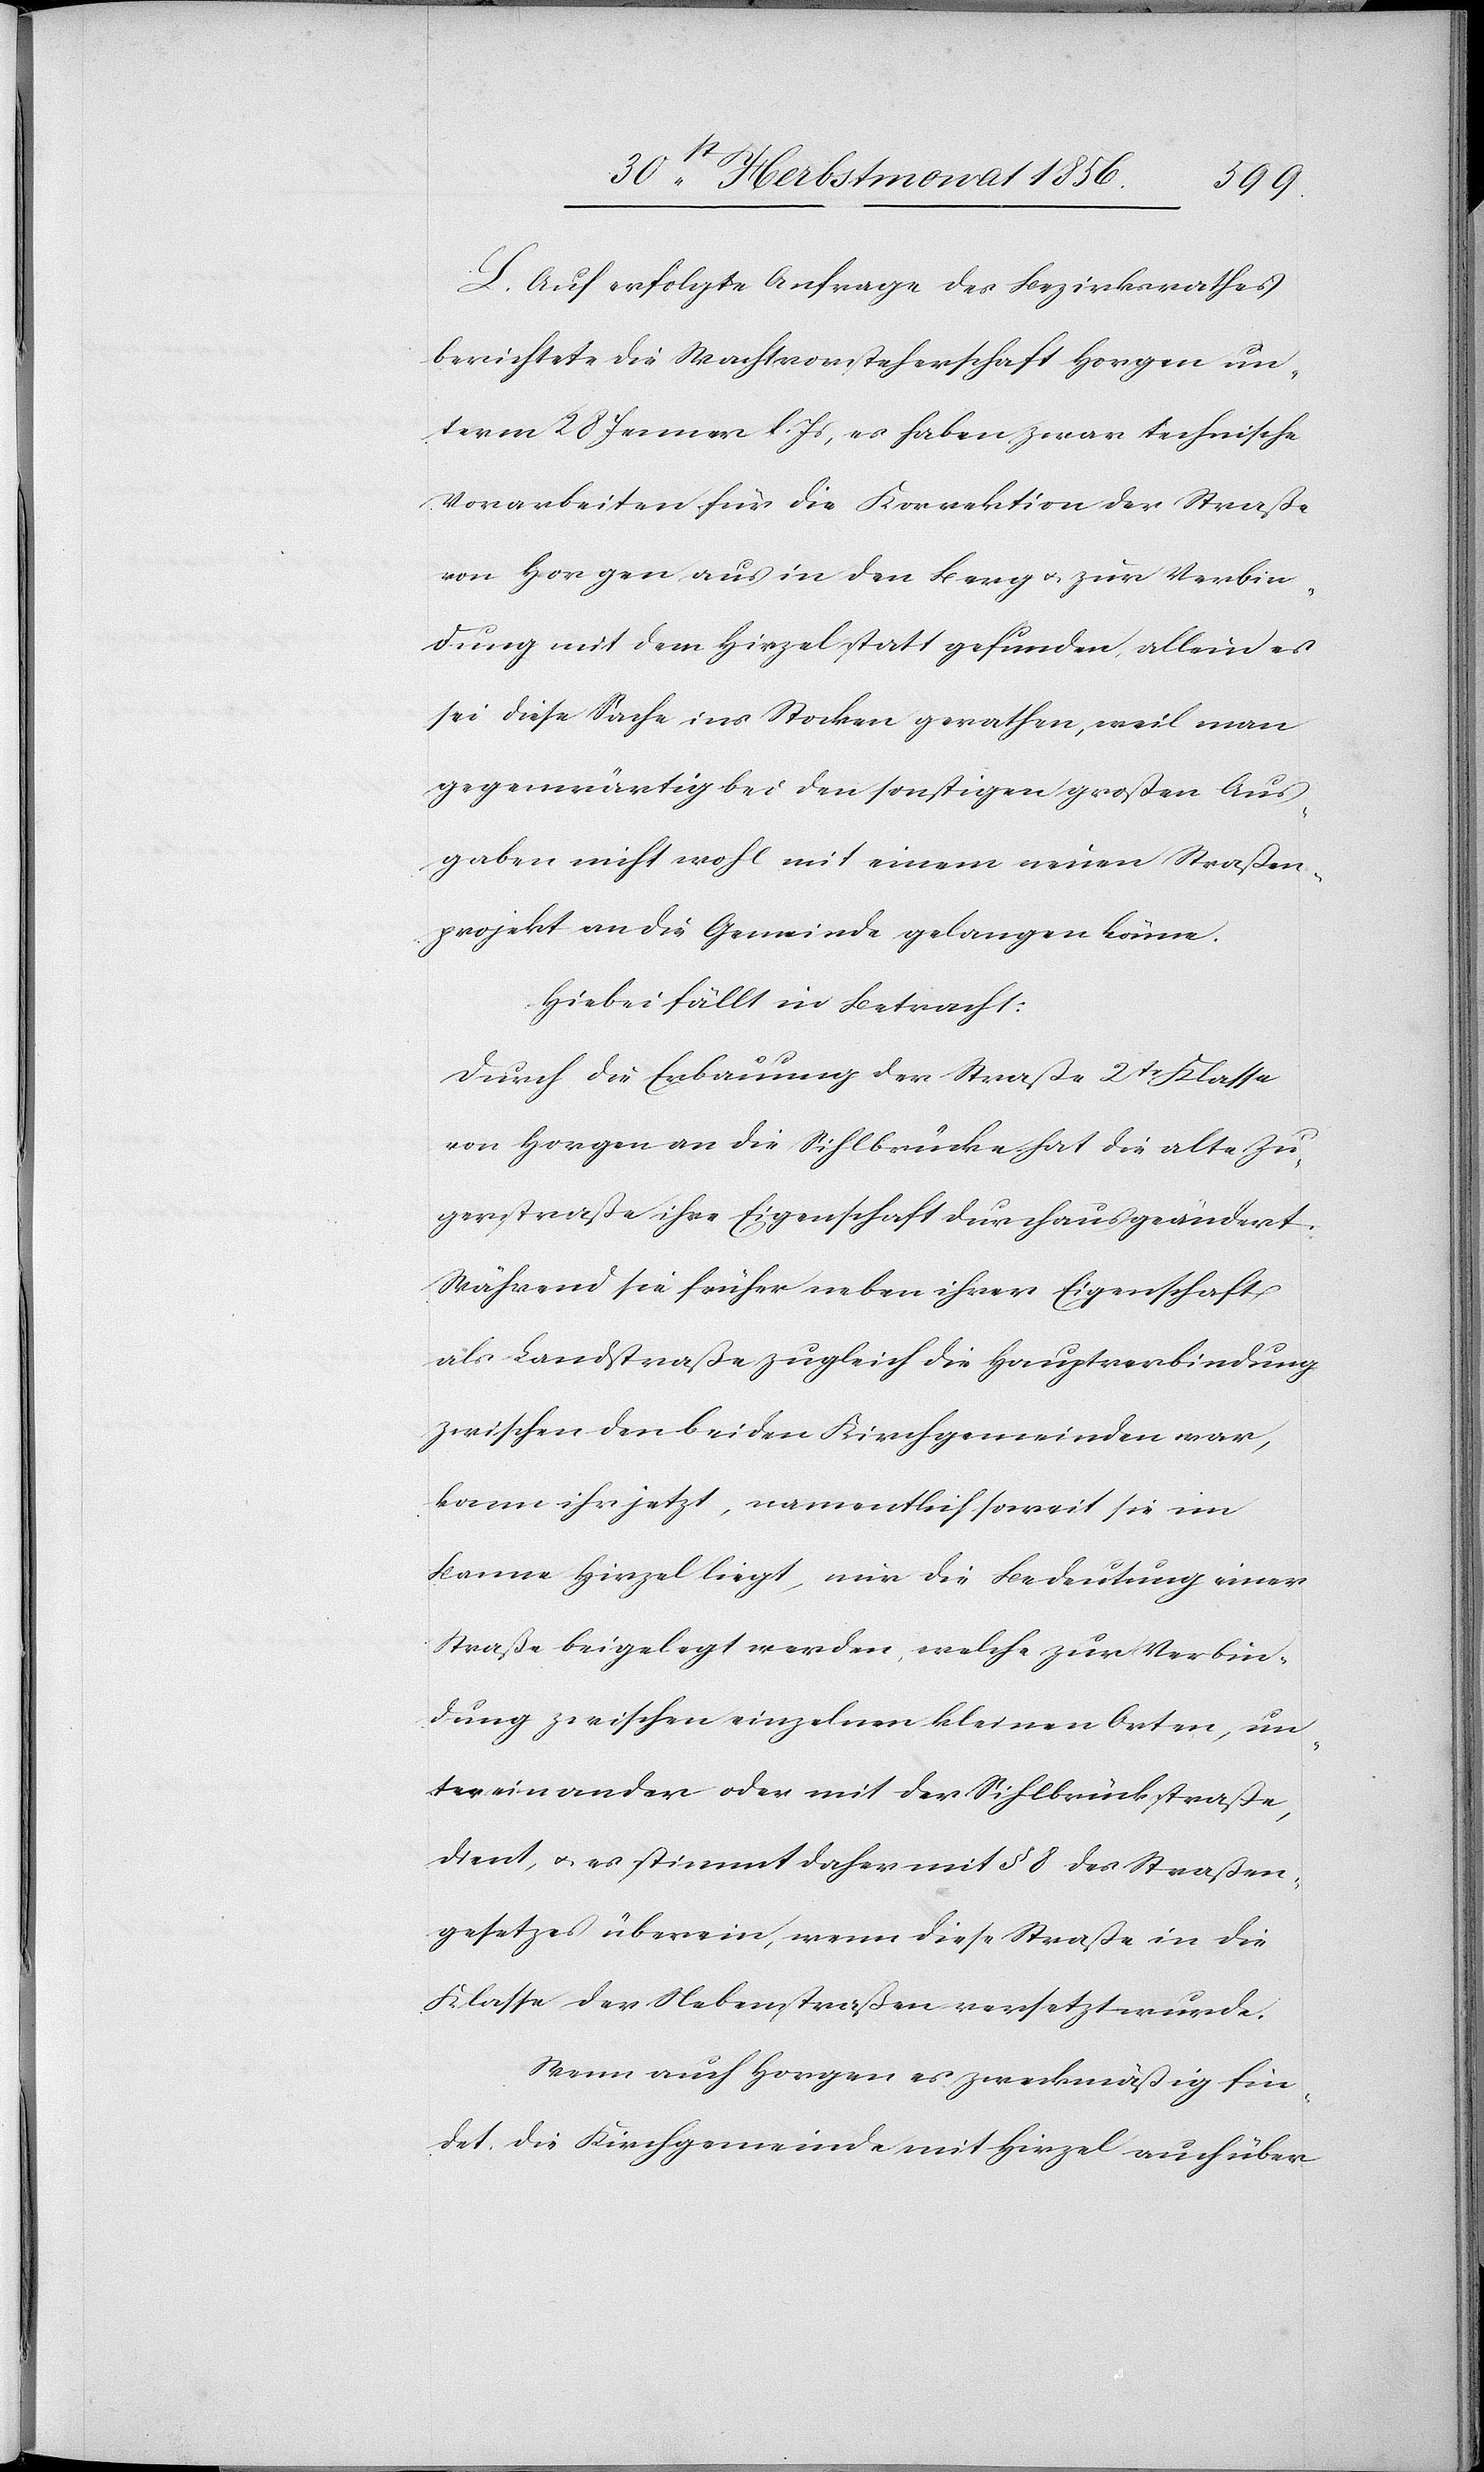
L. Auf erfolgte Anfrage des Bezirksrathes
berichtete die Wachtvorsteherschaft Horgen un¬
term 28 Jenner l. Js, es haben zwar technische
Vorarbeiten für die Korrektion der Straße
von Horgen aus in den Berg u. zur Verbin¬
dung mit dem Hirzel statt gefunden, allein es
sei diese Sache ins Stocken gerathen, weil man
gegenwärtig bei den sonstigen großen Aus¬
gaben nicht wohl mit einem neuen Straßen¬
projekt an die Gemeinde gelangen könne.
Hiebei fällt in Betracht:
Durch die Erbauung der Straße 2tr Klasse
von Horgen an die Sihlbrücke hat die alte Zu¬
gerstraße ihre Eigenschaft durchaus geändert.
Während sie früher neben ihrer Eigenschaft
als Landstraße zugleich die Hauptverbindung
zwischen den beiden Kirchgemeinden war,
kann ihr jetzt, namentlich soweit sie im
Banne Hirzel liegt, nur die Bedeutung einer
Straße beigelegt werden, welche zur Verbin¬
dung zwischen einzelnen kleinen Orten, un¬
tereinander oder mit der Sihlbrückstraße,
dient, u. es stimmt daher mit § 8 des Straßen¬
gesetzes überein, wenn diese Straße in die
Klasse der Nebenstraßen versetzt wurde.
Wenn auch Horgen es zweckmäßig fin¬
det die Kirchgemeinde mit Hirzel auch über